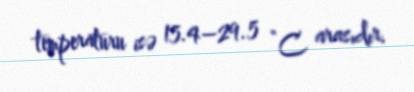
temperaturu isə 15.4–29.5 °C arasıdır.